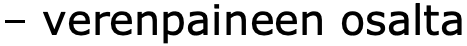
– verenpaineen osalta